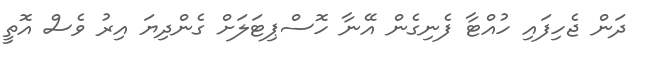
ދަން ޖެހިފައި ހުއްޓާ ފެނިގެން އޭނާ ހޮސްޕިޓަލަށް ގެންދިޔަ އިރު ވެސް އޮތީ